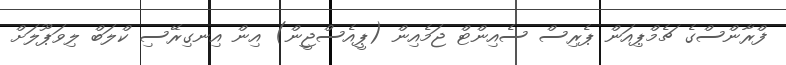
ފްރާންސްގެ ޗެމްޕިއަން ޕެރިސް ސެއިންޓް ޖަމެއިން (ޕީއެސްޖީން) އިން އިނގިރޭސި ކްލަބް ލިވަޕޫލަށް